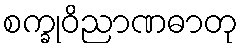
စက္ခုဝိညာဏဓာတု